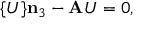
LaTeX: \mathbf { \nabla } \{ U \} \mathbf { n } _ { 3 } - \mathbf { A } U = 0 ,